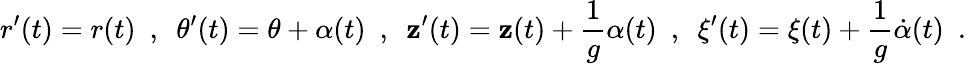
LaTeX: r^{\prime}(t)=r(t)\ \ ,\ \ \theta^{\prime}(t)=\theta+\alpha(t)\ \ ,\ \ \mathbf{z}^{\prime}(t)=\mathbf{z}(t)+\frac{{1}}{{g}}\alpha(t)\ \ ,\ \ \xi^{\prime}(t)=\xi(t)+\frac{{1}}{{g}}\dot{{\alpha}}(t)\ \ .